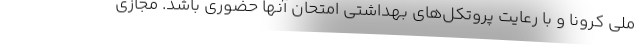
ملی کرونا و با رعایت پروتکل‌های بهداشتی امتحان آنها حضوری باشد. مجازی